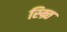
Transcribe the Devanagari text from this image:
स्म्र्ति